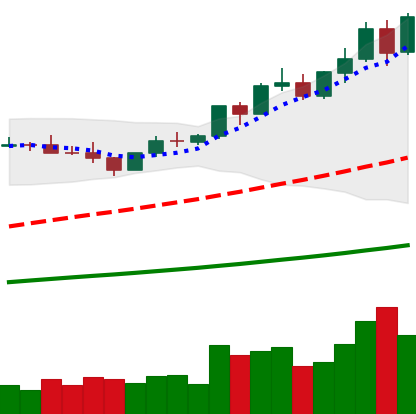
Ticker: BNB-USD
Chart end date: 2021-04-08
Forward return: 31.468%
Label: up_7plus